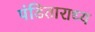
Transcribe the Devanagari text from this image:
पंडिताराध्य